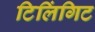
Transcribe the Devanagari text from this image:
टिलिंगिट